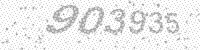
Solution: 903935